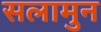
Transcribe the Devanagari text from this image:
सलामुन